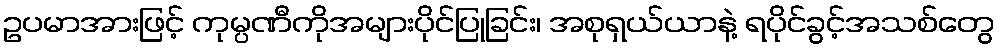
ဥပမာအားဖြင့် ကုမ္ပဏီကိုအများပိုင်ပြုခြင်း၊ အစုရှယ်ယာနဲ့ ရပိုင်ခွင့်အသစ်တွေ